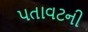
પતાવટની